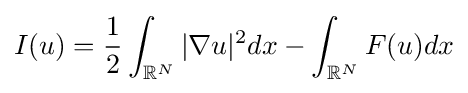
I(u)={\frac {1}{2}}\int _{\mathbb {R} ^{N}}|\nabla u|^{2}dx-\int _{\mathbb {R} ^{N}}F(u)dx